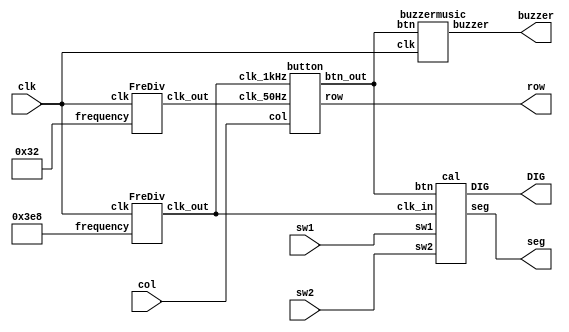
`timescale 1ns / 1ps
//////////////////////////////////////////////////////////////////////////////////
// Company: 
// Engineer: 
// 
// Design Name: 
// Module Name: Caculator
// Project Name: 
// Target Devices: 
// Tool Versions: 
// Description: 
// 
// Dependencies: 
// 
// Revision:
// Revision 0.01 - File Created
// Additional Comments:
// 
//////////////////////////////////////////////////////////////////////////////////


module Caculator(
    input clk,//
    output buzzer,//
    output [3:0] row,//
   	input [3:0] col,//
   	output [7:0] seg,//
    output [5:0] DIG,//
    input sw1,//
    input sw2//
    );
    wire clk_1kHz;//1kHz
    wire clk_50Hz;//50Hz
    wire [15:0] btn;//
    
   //1kHz
      FreDiv d1(
            .clk(clk),
            .frequency(1000),
            .clk_out(clk_1kHz)
        );
        
    //50Hz
        FreDiv d2(
            .clk(clk),
            .frequency(50),
            .clk_out(clk_50Hz)
        );
        
       //
      button b1(
            .clk_1kHz(clk_1kHz),
            .clk_50Hz(clk_50Hz),
            .col(col),
            .row(row),
            .btn_out(btn)
        );
        
        //
        cal c1(
          .clk_in(clk_1kHz),
          .DIG(DIG),
          .seg(seg),
          .btn(btn),
          .sw1(sw1),
          .sw2(sw2)
          );
          
         //
         buzzermusic m1(
           .clk(clk),
           .btn(btn),
           .buzzer(buzzer)
         );
        
endmodule


module cal(
    input clk_in, //1kHz
    output reg [5:0] DIG,//
    output reg [7:0] seg,//
    input [15:0] btn,//
    input sw1,//1
    input sw2//2
 );
   reg [4:0] i;  //
   reg [3:0] disp_dat1=0,disp_dat2=0,disp_dat3=0,disp_dat4=0,disp_dat5=0;//
   reg [2:0] state=0;//
   reg [3:0] op = 0; // 
   reg [3:0] key_buf=4'b0000,key_buf2=4'b0000,key2_buf=4'b0000,key2_buf2=4'b0000;//
   reg eco=0;//=
   reg [2:0] dig_count;//
   reg [20:0] result;//
   reg  result_reg1 = 0,result_reg2 = 0;//
   reg [3:0] h_bit2,h_bit,l_bit;//
   wire [20:0] a;
   wire [6:0] b;//a,ba99
   reg [3:0] res;//
   reg [3:0] ch=4'b1111;//
   reg [20:0] a_reg;
   reg [6:0] b_reg;//ab
   reg flag=0;//
   reg minus=0;//-
   parameter add=4'b1010,sub=4'b1011,mult=4'b1100,div=4'b1101;//
   assign a = a_reg;
   assign b = b_reg;

   
   always@(posedge clk_in)
     begin
       for(i=0;i<=15;i=i+1)
         if(btn[i]==1)
          begin
             if(i>=0 && i<=9) //0-9
               begin
                if(state == 0) //
                 begin
                     ch <= i; 
                     state <= 1;
                     key_buf2 <= i; 
                     disp_dat1 <= 0;
                     key_buf <= 0;
                     disp_dat2 <= i;
                     a_reg <= i;
                 end
                 
                else if((ch != i && state == 1) | (state == 1 && sw1 == 1)) //a
                  begin
                    state <= 2;
                    key_buf <= key_buf2;
                    key_buf2 <= i;                   
                    disp_dat1 <= disp_dat2;
                    disp_dat2 <= i; 
                    a_reg <= 10 * ch + i;
                    ch <= 4'b1111;
                  end
                 else if(state == 3 ) //
                   begin
                     state <= 4;
                     key2_buf2 <= i; 
                     key_buf <= 0;
                     ch <= i;
                     disp_dat4 <= 0;
                     disp_dat5 <= i;
                   end
               
                 else if((state == 4 && ch != i)| (state == 4 && sw2 == 1)) //
                   begin
                     state <= 5;
                     key2_buf <= key2_buf2;
                     key2_buf2 <= i;
                     disp_dat4 <= disp_dat5;
                     disp_dat5 <= i;
                     ch <= 4'b1111;
                   end
                 
                 end
                 
               else if(i>=10 && i<=13) //
                 begin
                  if(state != 6)
                    begin
                      op <= i;
                    end
                  else if(state == 6)
                    begin
                      a_reg <= result;
                      b_reg <= 0;
                      key2_buf <= 0;
                      key2_buf2 <= 0;
                      disp_dat3 <= 0;
                      disp_dat4 <= 0;
                      flag <= 1;
                      eco <= 0;
                    end
                    state <= 3;
                 end
                
               else if(i == 14) //=
                 begin
                   eco <= 1;
                   state <= 6;
                   b_reg = 10 * key2_buf + key2_buf2;
                 end
                 
               else if(i == 15) //
                 begin
                   eco = 0;
                   flag = 0;
                   state = 0;
                   a_reg = 0;
                   b_reg = 0;
                   disp_dat1 = 0;
                   disp_dat2 = 0;
                   disp_dat3 = 0;
                   disp_dat4 = 0;
                   op = 0;
                   ch = 4'b1111;
                   key_buf = 0;
                   key_buf2 = 0;
                   key2_buf = 0;
                   key2_buf2 = 0;
                 end
           end
       begin
        case(dig_count)//
         3'b000:
         begin
          DIG = 6'b111110;//
          if(eco == 0 && state != 0 && state != 6 && flag == 0 )//=
          begin
            case(disp_dat1)
                 4'h0:seg = 0; //8'h3f;  //0
                 4'h1:seg = 8'h06;  //1
                 4'h2:seg = 8'h5b;  //2
                 4'h3:seg = 8'h4f;
                 4'h4:seg = 8'h66;
                 4'h5:seg = 8'h6d;
                 4'h6:seg = 8'h7d;
                 4'h7:seg = 8'h07;
                 4'h8:seg = 8'h7f;
                 4'h9:seg = 8'h6f;
                 4'ha:seg = 8'h77;
                 4'hb:seg = 8'h7c;
                 4'hc:seg = 8'h39;
                 4'hd:seg = 8'h5e;
                 4'he:seg = 8'h79;
                 4'hf:seg = 8'h71;
               endcase
             end
           else if(eco == 1 && b==0 && op == div)//=0
              begin
                seg = 8'b01110110;
              end
           else if(eco == 1 && op != 0)//0
             begin
               seg = 8'b01001000;
             end
           else 
               seg = 0;
              dig_count = dig_count + 1'b1;
             end
           3'b001:
             begin
               DIG = 6'b111101;//
               if(eco == 0 && state != 0 && state != 6 && flag == 0)//"="
                begin
                 case(disp_dat2)
                 4'h0:seg = 8'h3f;  //0
                 4'h1:seg = 8'h06;  //1
                 4'h2:seg = 8'h5b;  //2
                 4'h3:seg = 8'h4f;
                 4'h4:seg = 8'h66;
                 4'h5:seg = 8'h6d;
                 4'h6:seg = 8'h7d;
                 4'h7:seg = 8'h07;
                 4'h8:seg = 8'h7f;
                 4'h9:seg = 8'h6f;
                 4'ha:seg = 8'h77;
                 4'hb:seg = 8'h7c;
                 4'hc:seg = 8'h39;
                 4'hd:seg = 8'h5e;
                 4'he:seg = 8'h79;
                 4'hf:seg = 8'h71;               
               endcase
              end
            else if(eco == 1 && minus == 1 )//=
               begin
                 seg = 8'b01000000;
               end
              else 
                 seg = 0;
         
              dig_count = dig_count + 1'b1;
             end
           3'b010:
             begin
               DIG = 6'b111011;//
            if(eco == 0)//=
             begin
              case(op)
               add:seg = 8'b01000110;
               sub:seg = 8'b01000000;
               mult:seg = 8'b01110110;
               div:seg = 8'b01001001;
               default:seg = 0;
              endcase
             end
             else if(eco == 1 && res == 0 && op != div)//=
               begin
                 disp_dat3 = (result / 1000) % 10;
                 case(disp_dat3)
                  4'h0:seg = 0;//8'h3f;  //0
                  4'h1:seg = 8'h06;  //1
                  4'h2:seg = 8'h5b;  //2
                  4'h3:seg = 8'h4f;
                  4'h4:seg = 8'h66;
                  4'h5:seg = 8'h6d;
                  4'h6:seg = 8'h7d;
                  4'h7:seg = 8'h07;
                  4'h8:seg = 8'h7f;
                  4'h9:seg = 8'h6f;     
                  default:seg = 0;
                endcase            
              end
              else if(eco == 1 && res != 0 && op == div)//
                begin
                  disp_dat3 = (result / 10) % 10;//
                  case(disp_dat3)
                  4'h0:seg = 0;//8'h3f;  //0
                  4'h1:seg = 8'h06;  //1
                  4'h2:seg = 8'h5b;  //2
                  4'h3:seg = 8'h4f;
                  4'h4:seg = 8'h66;
                  4'h5:seg = 8'h6d;
                  4'h6:seg = 8'h7d;
                  4'h7:seg = 8'h07;
                  4'h8:seg = 8'h7f;
                  4'h9:seg = 8'h6f;     
                  default:seg = 0;
                  endcase 
                end
              else
                seg = 0;
              dig_count = dig_count + 1'b1;
             end
           3'b011:
             begin
               DIG = 6'b110111;
            if(op != 0 && eco == 0 )//=
              begin
              case(disp_dat4)
                 4'h0:seg = 0;//8'h3f;  //0
                 4'h1:seg = 8'h06;  //1
                 4'h2:seg = 8'h5b;  //2
                 4'h3:seg = 8'h4f;
                 4'h4:seg = 8'h66;
                 4'h5:seg = 8'h6d;
                 4'h6:seg = 8'h7d;
                 4'h7:seg = 8'h07;
                 4'h8:seg = 8'h7f;
                 4'h9:seg = 8'h6f;
                 4'ha:seg = 8'h77;
                 4'hb:seg = 8'h7c;
                 4'hc:seg = 8'h39;
                 4'hd:seg = 8'h5e;
                 4'he:seg = 8'h79;
                 4'hf:seg = 8'h71;       
                 default:seg = 0;        
               endcase          
              end
             else if(op != 0 && eco == 1 && res == 0)//=
              begin
                 h_bit2 = (result / 100) % 10;
                 case(h_bit2)
                 4'h0:seg = 8'h3f;  //0
                 4'h1:seg = 8'h06;  //1
                 4'h2:seg = 8'h5b;  //2
                 4'h3:seg = 8'h4f;
                 4'h4:seg = 8'h66;
                 4'h5:seg = 8'h6d;
                 4'h6:seg = 8'h7d;
                 4'h7:seg = 8'h07;
                 4'h8:seg = 8'h7f;
                 4'h9:seg = 8'h6f; 
                 default:seg = 0;
                 endcase
              end                  
            else if(eco == 1 && res != 0 && op == div)//=
              begin
                h_bit2 = result % 10;
                case(h_bit2)
                  4'h0:seg = 8'hbf;  //0.
                  4'h1:seg = 8'h86;  //1.
                  4'h2:seg = 8'hdb;  //2.
                  4'h3:seg = 8'hcf;
                  4'h4:seg = 8'he6;
                  4'h5:seg = 8'hed;
                  4'h6:seg = 8'hfd;
                  4'h7:seg = 8'h87;
                  4'h8:seg = 8'hff;
                  4'h9:seg = 8'hef; 
                  default:seg = 0;               
                endcase
              end
            else
              seg = 0;
             
                dig_count = dig_count + 1'b1;
             end
           3'b100:
             begin
               DIG = 6'b101111;
                if(eco == 0 && op != 0 && (state == 4|state == 5))//
                  begin
                  case(disp_dat5)
                  4'h0:seg = 8'h3f;  //0
                  4'h1:seg = 8'h06;  //1
                  4'h2:seg = 8'h5b;  //2
                  4'h3:seg = 8'h4f;
                  4'h4:seg = 8'h66;
                  4'h5:seg = 8'h6d;
                  4'h6:seg = 8'h7d;
                  4'h7:seg = 8'h07;
                  4'h8:seg = 8'h7f;
                  4'h9:seg = 8'h6f;
                  4'ha:seg = 8'h77;
                  4'hb:seg = 8'h7c;
                  4'hc:seg = 8'h39;
                  4'hd:seg = 8'h5e;
                  4'he:seg = 8'h79;
                  4'hf:seg = 8'h71;               
                endcase
                end
             else if(eco == 1 && op != 0  && res == 0)//=
               begin
                 h_bit = (result / 10) % 10;//
                case(h_bit)
                 4'h0:seg = 8'h3f;  //0
                 4'h1:seg = 8'h06;  //1
                 4'h2:seg = 8'h5b;  //2
                 4'h3:seg = 8'h4f;
                 4'h4:seg = 8'h66;
                 4'h5:seg = 8'h6d;
                 4'h6:seg = 8'h7d;
                 4'h7:seg = 8'h07;
                 4'h8:seg = 8'h7f;
                 4'h9:seg = 8'h6f;     
                 default:seg = 0;           
                 endcase
               end
             else if(eco == 1 && op==div && res != 0)//
              begin
                  h_bit = res * 10 / b;
                 case(h_bit)
                   4'h0:seg = 8'h3f;  //0
                   4'h1:seg = 8'h06;  //1
                   4'h2:seg = 8'h5b;  //2
                   4'h3:seg = 8'h4f;
                   4'h4:seg = 8'h66;
                   4'h5:seg = 8'h6d;
                   4'h6:seg = 8'h7d;
                   4'h7:seg = 8'h07;
                   4'h8:seg = 8'h7f;
                   4'h9:seg = 8'h6f; 
                   default:seg = 0;               
                 endcase               
              end
             else
               seg = 0;
       
            dig_count = dig_count + 1'b1;
          end
             3'b101:
               begin
                 DIG = 6'b011111;//
                if(eco == 1  && res == 0)//=
                  begin
                  l_bit = result % 10;
                 case(l_bit)
                  4'h0:seg = 8'h3f;  //0
                  4'h1:seg = 8'h06;  //1
                  4'h2:seg = 8'h5b;  //2
                  4'h3:seg = 8'h4f;
                  4'h4:seg = 8'h66;
                  4'h5:seg = 8'h6d;
                  4'h6:seg = 8'h7d;
                  4'h7:seg = 8'h07;
                  4'h8:seg = 8'h7f;
                  4'h9:seg = 8'h6f;                  
                  endcase                   
                 end
               else if(eco == 1  && res != 0 && op == div)//=
                begin
                 l_bit = ((res * 10) % b) * 10 / b;
                case(l_bit)
                  4'h0:seg = 8'h3f;  //0
                  4'h1:seg = 8'h06;  //1
                  4'h2:seg = 8'h5b;  //2
                  4'h3:seg = 8'h4f;
                  4'h4:seg = 8'h66;
                  4'h5:seg = 8'h6d;
                  4'h6:seg = 8'h7d;
                  4'h7:seg = 8'h07;
                  4'h8:seg = 8'h7f;
                  4'h9:seg = 8'h6f; 
                  default:seg = 0;               
                 endcase                   
                end
               else
                 seg = 0;
       
                 dig_count = dig_count + 1'b1;
               end
              default:begin dig_count = dig_count + 1'b1; seg = 0; end
           endcase
       end
     end
          always@(negedge clk_in)
            begin  
             if(state != 0 && state != 3)
             begin
              if(eco == 1)
                begin
               case(op)//
                add:
                  if(flag == 0)//=
                   begin
                     result = a + b;
                     minus = 0;
                   end
                  else if(flag == 1)//
                   begin
                      if(minus == 0 && result_reg1 != 1)//
                        begin result = a + b; minus = 0;end
                      else if(minus == 1)
                        begin
                          if(b >= a)
                            begin
                              result = b - a;
                              minus = 0;
                              result_reg1 = 1;
                            end
                         else if(b < a)
                          begin
                             result = a - b;
                             minus = 1;
                          end
                       end
                    end
                sub:
                  if(flag == 0)
                   begin
                     if(a >= b)
                       begin
                         result = a - b;
                         minus = 0;
                       end
                     else if(a < b)
                        begin
                          result = b - a;
                          minus = 1;
                        end  
                   end
                else  if(flag == 1)
                 begin
                    begin 
                     if(minus == 0)
                     begin
                        if(a >= b)
                           begin
                                result = a - b;
                                minus = 0;
                           end
                        else if(a < b)
                           begin
                               result = b - a;
                               minus = 1;
                               result_reg2 = 1;
                            end
                   end
                      else if(minus == 1 && result_reg2 != 1)
                        begin
                          result = b + a;
                          minus = 1;
                        end
                   end
                end
                    mult:
                        begin
                          if(minus == 0)
                             minus <= 0;
                          else if(minus == 1)
                              minus <= 1;
                          result <= a * b;
                         end
                    div:
                     begin
                       if(minus == 0)
                        minus <= 0;
                       else 
                        minus <= 1;
                        result <= a / b;
                        res <= a % b;
                      end
             endcase
         end
        else if(eco == 0)
          begin
            result <= 0;
            res <= 0;
          end
        end
        else if(state == 0 & state != 3)
          begin
            minus <= 0;//
          end
        else if(state == 3)
         begin
            result_reg1 <= 0;
            result_reg2 <= 0;
         end
    end
       
endmodule

module FreDiv(
	input clk,	
	input [31:0] frequency,
	output reg clk_out
    );
	//
	integer count_max;
	integer count;
	
	initial
		begin
			count_max=0;
			count=0;
		end
	
	always @ (posedge clk)
	begin
		count_max = 25'b1011111010111100001000000 / frequency;
		if(count >= count_max)
		begin
			count = 0;
			clk_out = ~clk_out;
		end
		else	
		  count = count+1'b1;
	end
endmodule

module button(
	input clk_1kHz,
	input clk_50Hz,	
	input [3:0] col,	
	output reg [3:0] row,	
	output [15:0] btn_out
    );
	//
	reg [15:0] btn=0;
	reg [15:0] btn0=0;
	reg [15:0] btn1=0;
	reg [15:0] btn2=0;
	
	initial row=4'b0001;
	
	always @ (posedge clk_1kHz)
	begin
		if(row==4'b1000)	
		   row=4'b0001;
		else	
		  row = row << 1;
	end
	
	always @ (negedge clk_1kHz)
	begin
		case(row)
			4'b0001:	btn[3:0] = col;
			4'b0010:	btn[7:4] = col;
			4'b0100:	btn[11:8] = col;
			4'b1000:	btn[15:12] = col;
			default:	btn = 0;
		endcase
	end
	
	always @ (posedge clk_50Hz)
	begin
		btn0 <= btn;
		btn1 <= btn0;
		btn2 <= btn1;
	end
	
	assign btn_out=(btn2&btn1&btn0)|(~btn2&btn1&btn0);

endmodule

module buzzermusic(
    input clk,	
    input [15:0] btn,
    output buzzer
    );
    //
        integer i;
        reg [5:0] multiplier;
        integer mus_fre;
        reg [18:0] music;
        reg [4:0] mid;
        
        initial 
            begin
               multiplier=5'b00100;
               mus_fre=50000;
              music=19'd50000;
            end
               
      always @ (btn)
        begin    
          mid=5'b10001;
          multiplier=5'b00100;
            
            for(i=0;i<=15;i=i+1)
            begin:one
              if(btn[i]==1)
                begin         
                    mid=i;  
                end
            end
            
             case(mid)
                5'b00000:    mus_fre=19'd214519;    
                5'b00001:    mus_fre=19'd202478;
                5'b00010:    mus_fre=19'd191100;
                5'b00011:    mus_fre=19'd179979;
                5'b00100:    mus_fre=19'd170265;
                5'b00101:    mus_fre=19'd160705;
                5'b00110:    mus_fre=19'd151685;          
                5'b00111:    mus_fre=19'd143172;
                5'b01000:    mus_fre=19'd135139;
                5'b01001:    mus_fre=19'd127551;
                5'b01010:    mus_fre=19'd120395;
                5'b01011:    mus_fre=19'd113636;
                5'b01100:    mus_fre=19'd107259;
                5'b01101:    mus_fre=19'd101239;
                5'b01110:    mus_fre=19'd95555;
                5'b01111:    mus_fre=19'd89990;
                default:     mus_fre=19'd0;
            endcase
            music = mus_fre / multiplier;
        end
        
        //
            Buzzercontrol bc(
           .clk(clk),
           .buzzer_count(music),
           .buzzer(buzzer)

    );
endmodule


module Buzzercontrol(
  input clk,  
  input [18:0] buzzer_count,  
  output reg buzzer
    );
    
    reg [18:0] count;
    reg [18:0] buzzer_count_half;

    
    always @ (posedge clk)
    begin
        buzzer_count_half = buzzer_count / 2;
        if(buzzer_count==0)
        	buzzer = 0;
            else   
             begin
                count=count+1'b1;
                if(count>=buzzer_count)     
                  count=0;
                else  if(count<=buzzer_count_half)   
                 buzzer=1;
                else   
                 buzzer=0;
            end

     end
endmodule